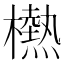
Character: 𱤮